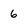
Character: 6